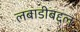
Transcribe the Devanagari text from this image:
लबाडीबद्दल